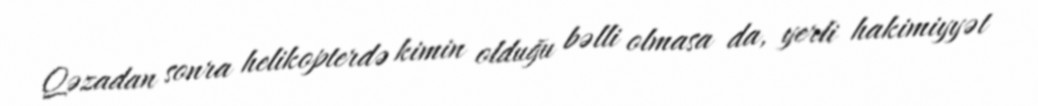
Qəzadan sonra helikopterdə kimin olduğu bəlli olmasa da, yerli hakimiyyət